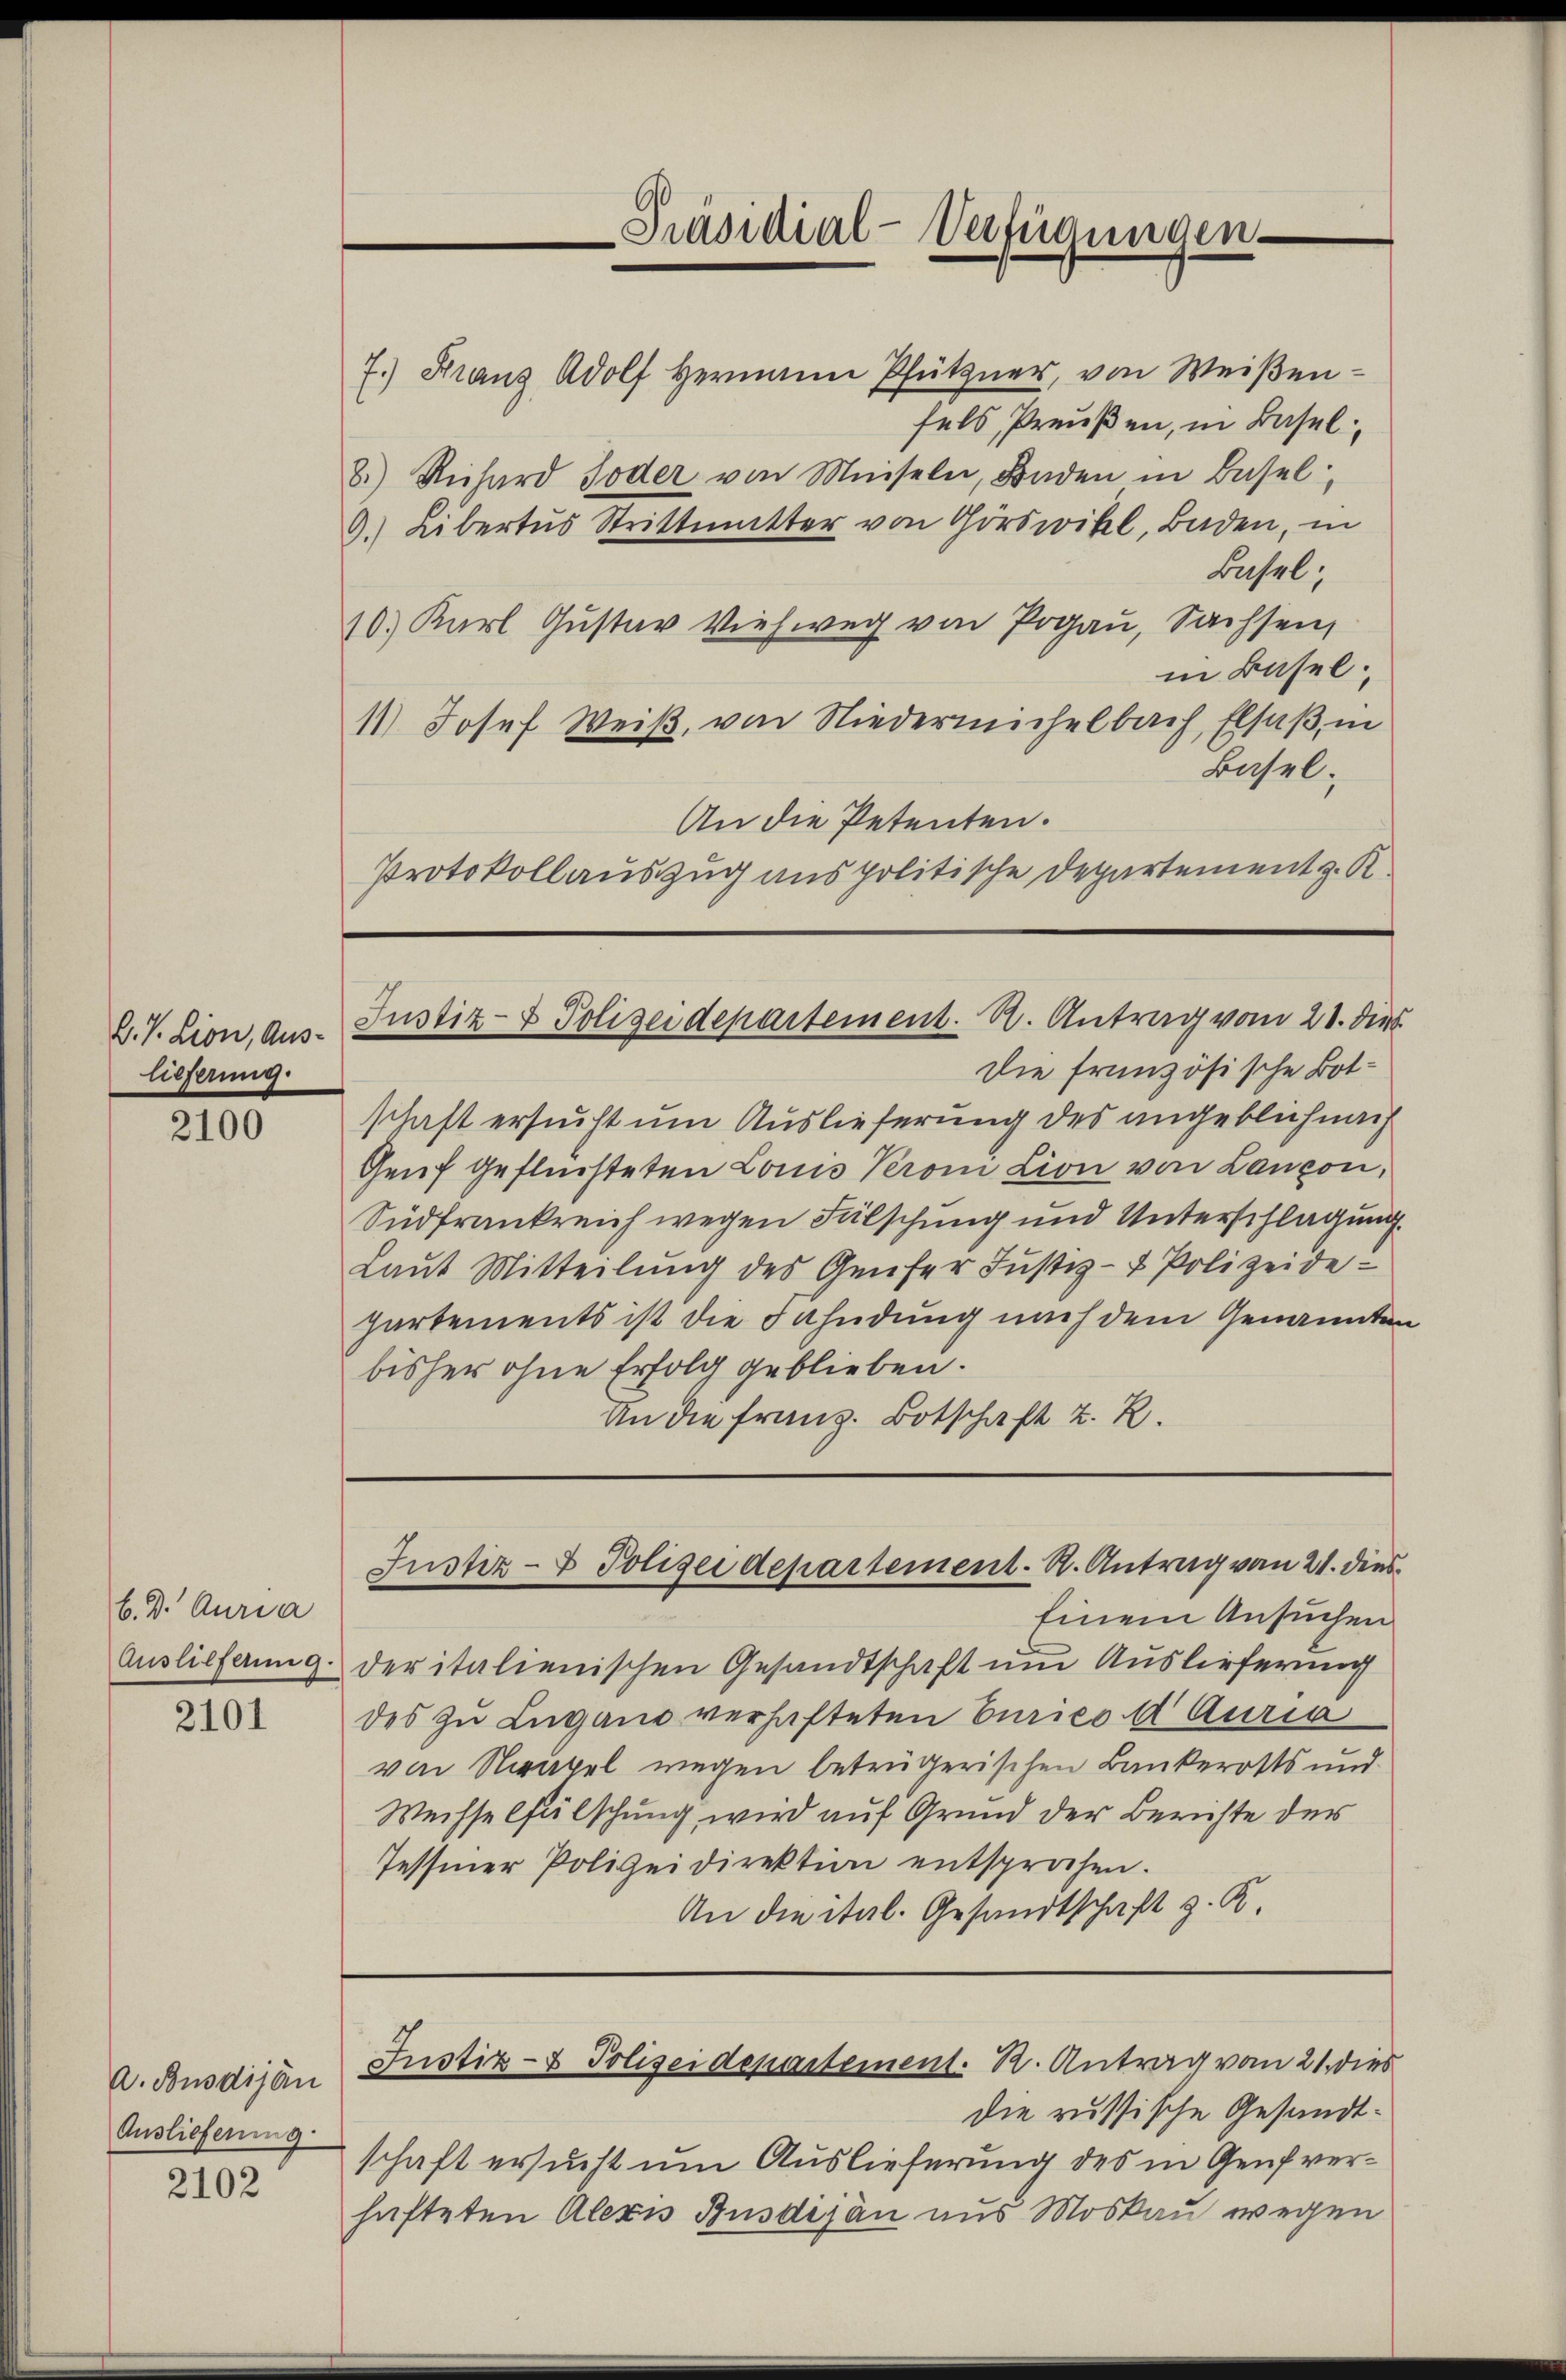
Präsidial-Verfügungen.

7.) Franz Adolf Hermann Pfützner, von Weiβen-
fels, Preußen, in Basel
8.) Richard Toder von Meiseln, Baden in Basel
d. Libertus Strittmatter von Görswill, Baden, in
Basel;
10.) Karl Gustav Viehweg von Pogau, Sachsen,
in Basel;
11.) Josef Weiß, von Niedermischelbach, Elsaß, in
Basel.
An die Petenten.
Protokollauszug aus politische Departement z. K

Justiz- & Polizeidepartement. R. Antrag vom 21. die

B.V. Lion, Aus-
lieferung.

Die französische Botschaft ersucht um Auslieferung des angeblich nach
Genf geflüchteten Louis Veron Lion von Lanzon,
Südfrankreich wegen Fälschung und Unterschlagung
Laŭt Mitteilŭng des Genfer Justiz- & Polizeide
partements ist die Fahndung nach dem Genannten
bisher ohne Erfolg geblieben.
An die Franz. Botschaft z. R.

2100

Justiz- & Polizeidepartement. A. Antrag von 21. dies

Einem Ansuchen
Auslieferung der italienischen Gesandtschaft um Auslieferung
des zu Lugano verhafteten Curico 4 Auria
von Neapel wegen betrügerischen Bankerotts und
Wechselfälschung wird auf Grund der Berichte der
Tessiner Polizeidirektion entsprochen.
An die ital. Gesandtschaft z. K.

b. D. Curia

2101

Justiz- & Polizeidepartement. R. Antrag vom 21. dies

die russische Gesandtschaft ersucht um Auslieferung des in Genf verhafteten Alexis Busdijan aus Moskau wegen

A. Busdijan
Auslieferung

2102